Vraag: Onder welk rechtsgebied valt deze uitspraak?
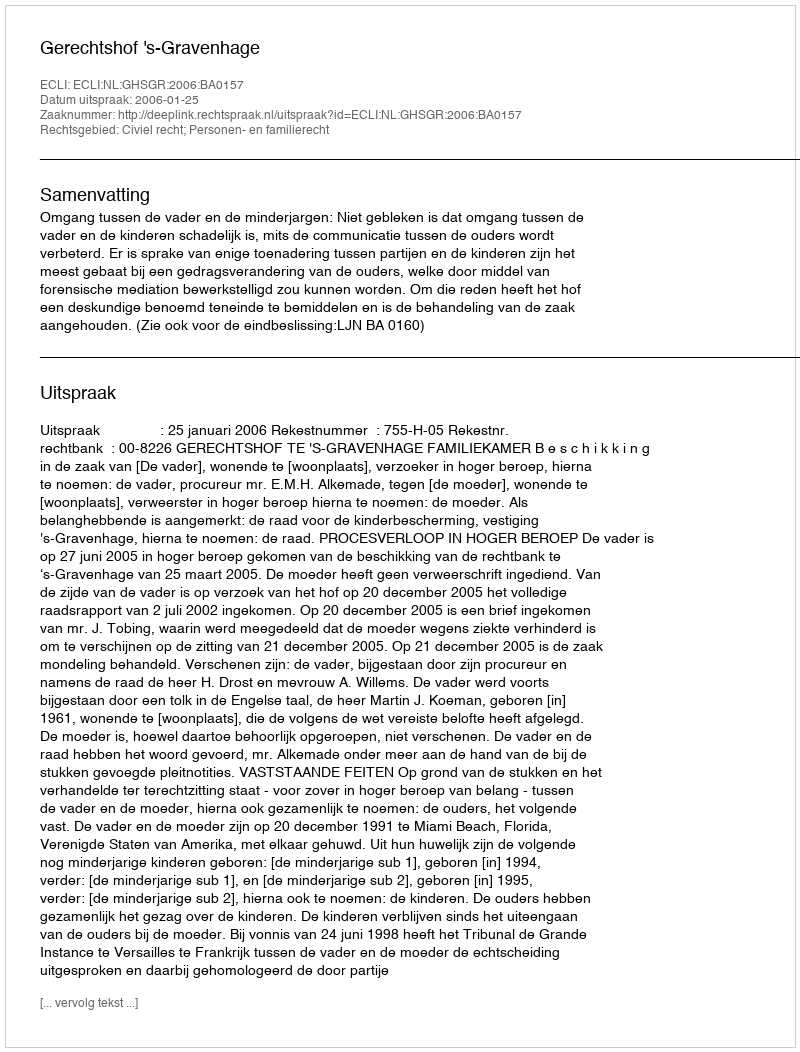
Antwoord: Civiel recht; Personen- en familierecht